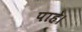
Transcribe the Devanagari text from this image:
पाहे।